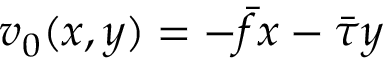
v _ { 0 } ( x , y ) = - \bar { f } x - \bar { \tau } y